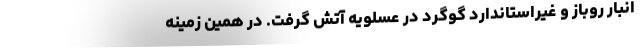
انبار روباز و غیراستاندارد گوگرد در عسلویه آتش گرفت. در همین زمینه